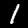
Label: 1